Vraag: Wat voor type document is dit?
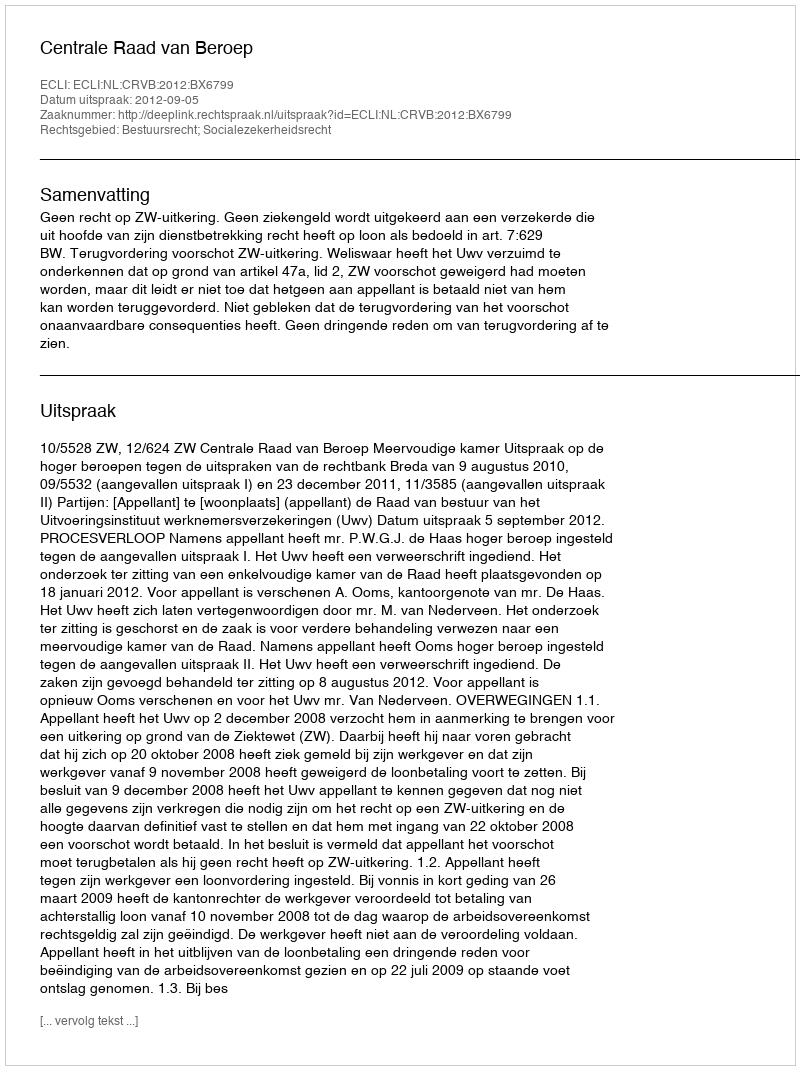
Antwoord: Uitspraak